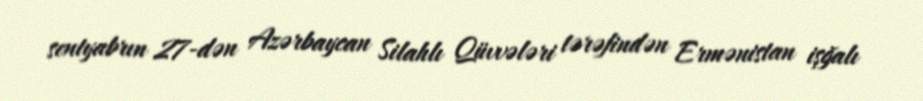
sentyabrın 27-dən Azərbaycan Silahlı Qüvvələri tərəfindən Ermənistan işğalı